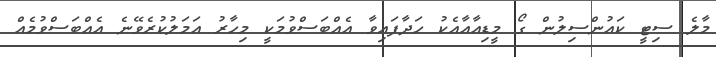
މާލެ ސިޓީ ކައުންސިލުން ގޯ މީޑިއާއާއެކު ހަދާފައިވާ އެއްބަސްވުމަކީ މިހާރު އަމަލުކުރެވޭނެ އެއްބަސްވުމެއް